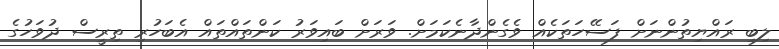
ލިބި ރައްޔިތުންނަށް ފަސޭހަތަކެއް ވެގެންދާނެކަމަށް. ވަރަށް ބައިވަރު ކަންތައްތައް އެބަހުރި ތިރީސް ދުވަހުގެ